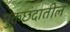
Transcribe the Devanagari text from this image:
मुक्तछंदातील